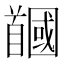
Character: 𩠲